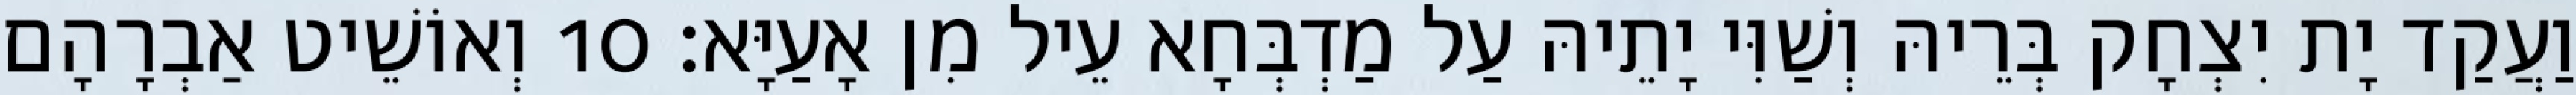
וַעֲקַד יָת יִצְחָק בְּרֵיהּ וְשַׁוִּי יָתֵיהּ עַל מַדְבְּחָא עֵיל מִן אָעַיָּא׃ 10 וְאוֹשֵׁיט אַבְרָהָם